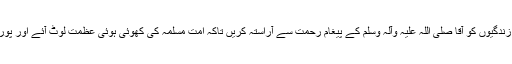
ضرورت اس امر کی ہے اپنی زندگیوں کو آقا صلی اللہ علیہ وآلہ وسلم کے پیغام رحمت سے آراستہ کریں تاکہ امت مسلمہ کی کھوئی ہوئی عظمت لوٹ آئے اور پوری دنیا امن کا گہوارہ بن جائے۔